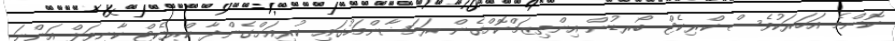
ކޮންމެ އަހަރަކުވެސް ކްރިކެޓް ބޯރޑުން އިންތިޒަމްކޮށްގެން ރަމަޟާންމަހުގައި ކުރިއަށްގެންދާ ކްރިކެޓް ކާނިވަލް އަންނަ